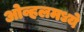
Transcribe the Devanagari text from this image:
ओव्हलमध्ये